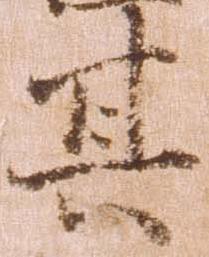
其